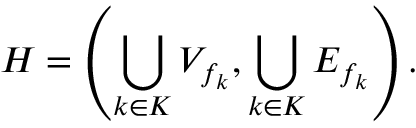
H = \left( \bigcup _ { k \in K } V _ { f _ { k } } , \bigcup _ { k \in K } E _ { f _ { k } } \right) .